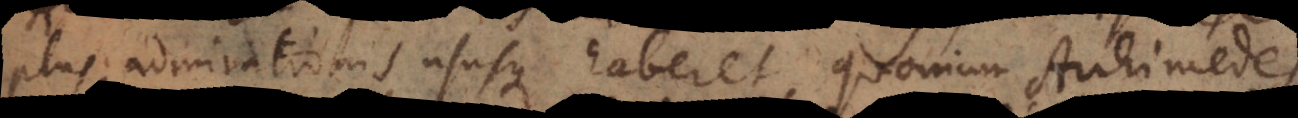
plus admirationis ususque haberet, quoniam Archimedes